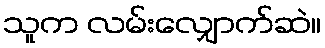
သူက လမ်းလျှောက်ဆဲ။